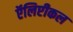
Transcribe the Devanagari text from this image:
ऍलिप्टीकल